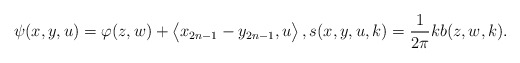
\begin{align*}\psi(x,y,u)=\varphi(z,w)+\big\langle x_{2n-1}-y_{2n-1},u\big\rangle\,,s(x,y,u,k)=\frac{1}{2\pi}kb(z,w,k) .\end{align*}